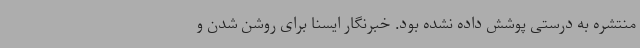
منتشره به درستی پوشش داده نشده بود. خبرنگار ایسنا برای روشن شدن و